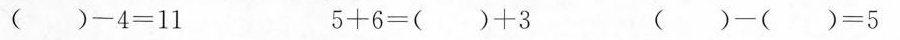
$$( ) - 4 = 1 1$$ $$5 + 6 = ( ) + 3$$ $$( ) - ( ) = 5$$